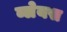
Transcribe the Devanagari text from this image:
ब्लेयस